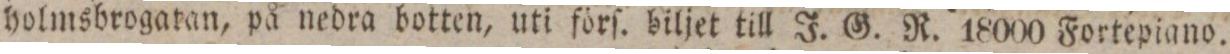
holmsbrogatan, på nedra botten, uti förſ. biljet till J. G. R. 18000 Fortepiano.